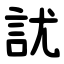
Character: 訧